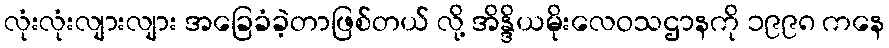
လုံးလုံးလျားလျား အခြေခံခဲ့တာဖြစ်တယ် လို့ အိန္ဒိယမိုးလေဝသဌာနကို ၁၉၉၈ ကနေ